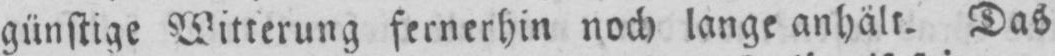
günstige Witterung fernerhin noch lange anhält. Das